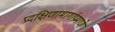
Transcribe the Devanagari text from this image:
प्रदक्षिणामार्गाप्रमाणे